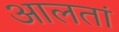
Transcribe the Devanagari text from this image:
आलतां